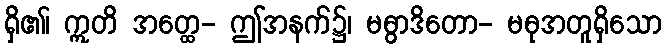
ရှိ၏၊ ဣတိ အတ္ထေ- ဤအနက်၌၊ မဓွာဒိတော- မဓုအတူရှိသော